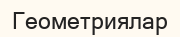
Геометриялар